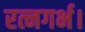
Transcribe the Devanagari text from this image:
रत्नगर्भ।